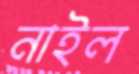
নাইল